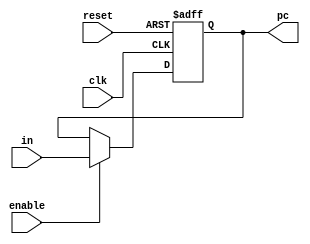
module ProgramCounter (
  input clk,
  input reset,
  input enable,
  input [10:0] in,
  output [10:0] pc
);

reg [10:0] countReg;

always @(posedge clk or posedge reset) begin
 if (reset) begin
      countReg <= 11'b0;  
    end else if (enable) begin
      countReg <= in ;  //+1?
    end
  end

assign pc = countReg;
endmodule